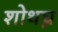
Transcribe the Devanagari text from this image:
शोथघ्न